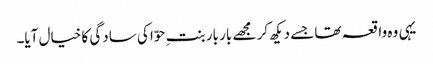
یہی وہ واقعہ تھا جسے دیکھ کر مجھے بار بار بنتِ حوّا کی سادگی کا خیال آیا۔